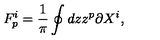
F _ { p } ^ { i } = { \frac { 1 } { \pi } } \oint d z z ^ { p } \partial X ^ { i } ,